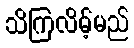
သိကြလိမ့်မည်